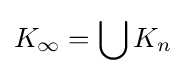
K_{\infty }=\bigcup K_{n}